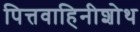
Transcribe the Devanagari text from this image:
पित्तवाहिनीशोथ